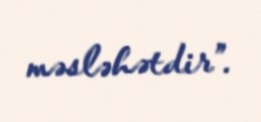
məsləhətdir”.